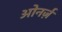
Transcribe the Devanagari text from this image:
ओनर्ज़